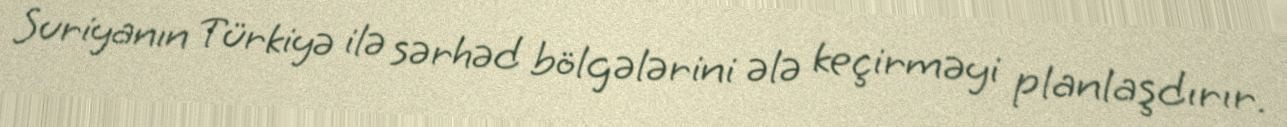
Suriyanın Türkiyə ilə sərhəd bölgələrini ələ keçirməyi planlaşdırır.